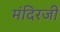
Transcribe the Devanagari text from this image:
मंदिरजी